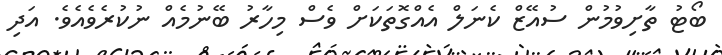
ބޯޓު ތާށިވުމުން ސުއޭޒް ކެނަލް އެއްގޮތަކަށް ވެސް މިހާރު ބޭނުމެއް ނުކުރެވެއެވެ. އަދި